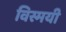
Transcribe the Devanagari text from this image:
विस्मयी